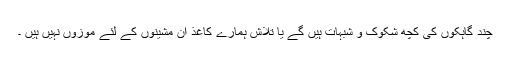
چند گاہکوں کی کچھ شکوک و شبہات ہیں گے یا تلاش ہمارے کاغذ ان مشینوں کے لئے موزوں نہیں ہیں ۔